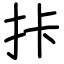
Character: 拤